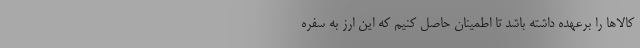
کالاها را برعهده داشته باشد تا اطمینان حاصل کنیم که این ارز به سفره